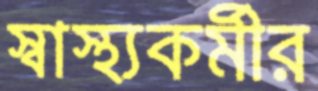
স্বাস্থ্যকর্মীর